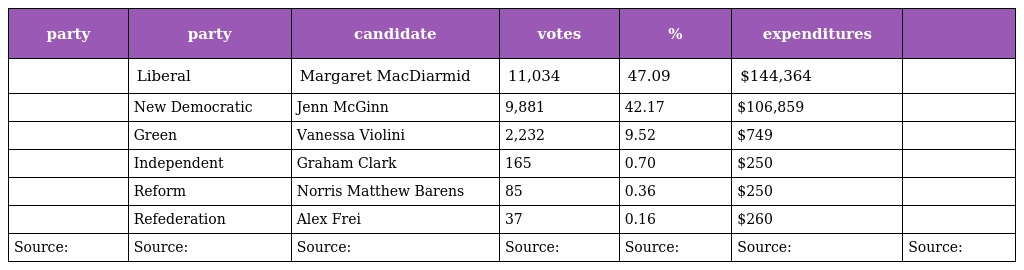
| party | party | candidate | votes | % | expenditures |  |
 | --- | --- | --- | --- | --- | --- | --- |
 |  | Liberal | Margaret MacDiarmid | 11,034 | 47.09 | $144,364 |  |
 |  | New Democratic | Jenn McGinn | 9,881 | 42.17 | $106,859 |  |
 |  | Green | Vanessa Violini | 2,232 | 9.52 | $749 |  |
 |  | Independent | Graham Clark | 165 | 0.70 | $250 |  |
 |  | Reform | Norris Matthew Barens | 85 | 0.36 | $250 |  |
 |  | Refederation | Alex Frei | 37 | 0.16 | $260 |  |
 | Source: | Source: | Source: | Source: | Source: | Source: | Source: |